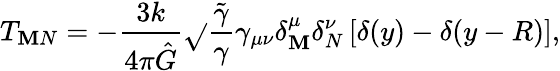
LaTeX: T_{\mathbf{M}N}=-\frac{{3k}}{{4\pi\hat{{G}}}}\sqrt{}{{\frac{{\tilde{{\gamma}}}}{{\gamma}}}}\gamma_{\mu\nu}\delta_{\mathbf{M}}^{\mu}\delta_{N}^{\nu}\left[\delta(y)-\delta(y-R)\right],